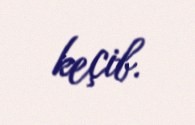
keçib.